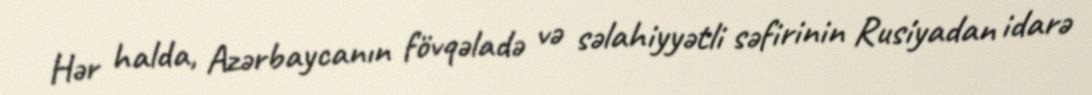
Hər halda, Azərbaycanın fövqəladə və səlahiyyətli səfirinin Rusiyadan idarə